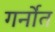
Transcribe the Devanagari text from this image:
गर्नोत